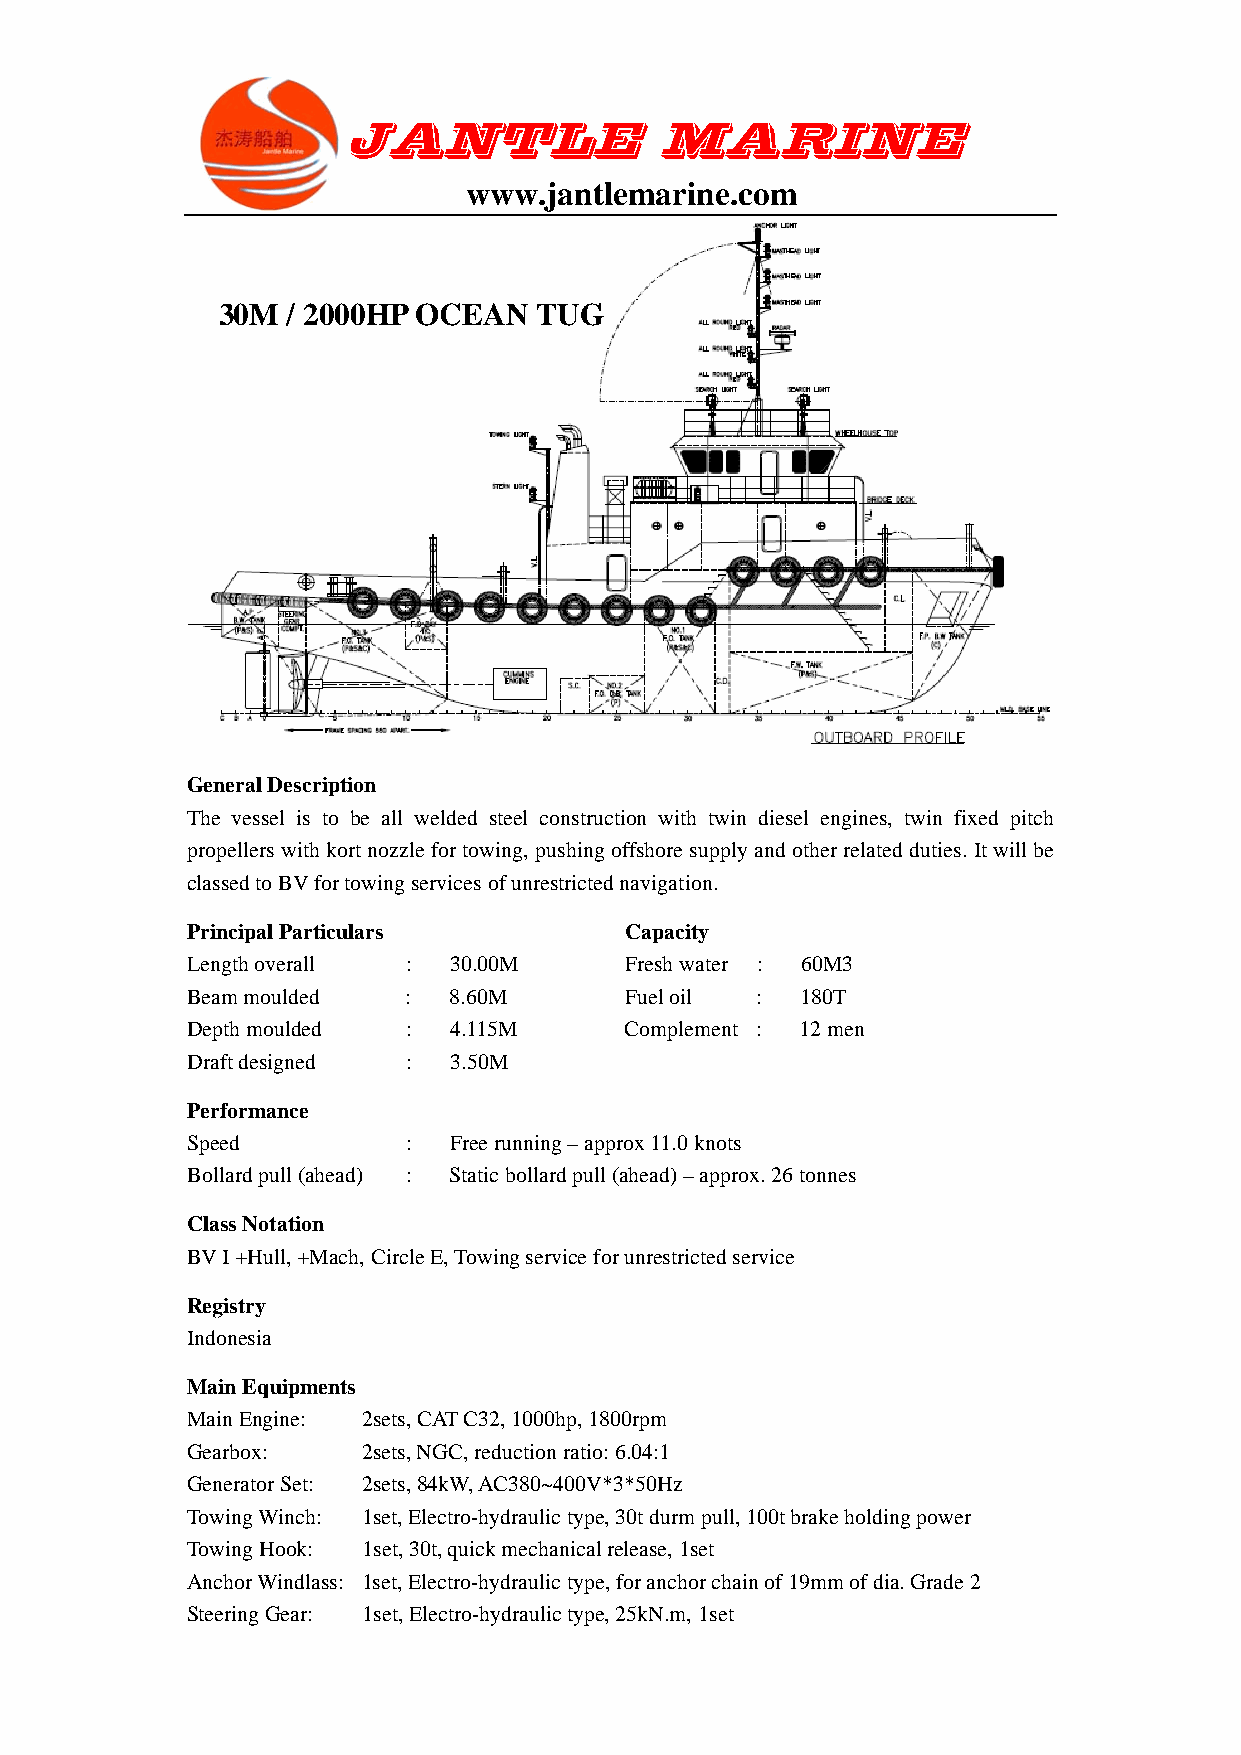
JANTLE              MARINE
 www.jantlemarine.com
 30M  / 2000HP OCEAN  TUG
 General Description
 The vessel is to be all welded steel construction with twin diesel engines, twin fixed pitch
 propellers with kort nozzle for towing, pushing offshore supply and other related duties. It will be
 classed to BV for towing services of unrestricted navigation.
 Principal Particulars        Capacity
 Length overall :  30.00M     Fresh water : 60M3
 Beam moulded   :  8.60M      Fuel oil :  180T
 Depth moulded  :  4.115M     Complement : 12 men
 Draft designed :  3.50M
 Performance
 Speed          :  Free running – approx 11.0 knots
 Bollard pull (ahead) : Static bollard pull (ahead) – approx. 26 tonnes
 Class Notation
 BV I +Hull, +Mach, Circle E, Towing service for unrestricted service
 Registry
 Indonesia
 Main Equipments
 Main Engine: 2sets, CAT C32, 1000hp, 1800rpm
 Gearbox:    2sets, NGC, reduction ratio: 6.04:1
 Generator Set: 2sets, 84kW, AC380~400V*3*50Hz
 Towing Winch: 1set, Electro-hydraulic type, 30t durm pull, 100t brake holding power
 Towing Hook: 1set, 30t, quick mechanical release, 1set
 Anchor Windlass: 1set, Electro-hydraulic type, for anchor chain of 19mm of dia. Grade 2
 Steering Gear: 1set, Electro-hydraulic type, 25kN.m, 1set